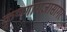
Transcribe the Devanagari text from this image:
कृष्णाराजासागर